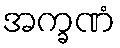
အက္ခဏံ